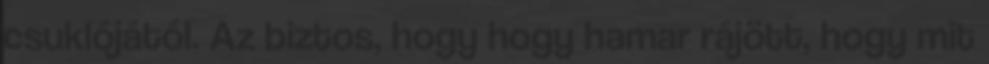
csuklójától. Az biztos, hogy hogy hamar rájött, hogy mit